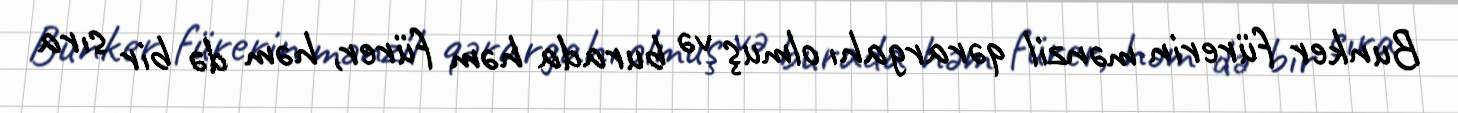
Bunker fürerin mənzil qərargahı olmuş və burada həm fürer, həm də bir sıra